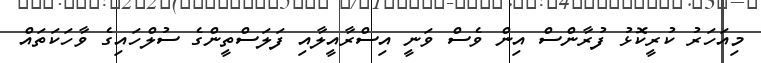
މިއަހަރު ކުރީކޮޅު ފުރާންސް އިން ވެސް ވަނީ އިސްރާއީލާއި ފަަލަސްތީންގެ ސުލްހައިގެ ވާހަކަތައް